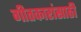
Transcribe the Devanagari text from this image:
गीतकारांसाठी